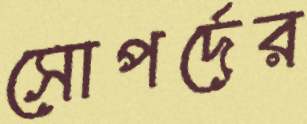
সোপর্দের